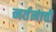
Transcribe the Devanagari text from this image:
नर्तनाची